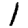
Digit: 1